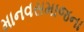
માનવસમાજના